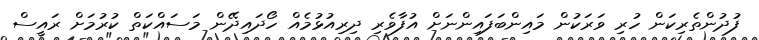
ފުދުންތެރިކަން ހުރި ވަރަކުން މައިންބަފައިންނަށް އުފާވެރި ދިރިއުޅުމެއް ހޯދައިދޭން މަސައްކަތް ކުރުމަށް ރައީސް